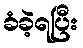
ခံခဲ့ရပြီး